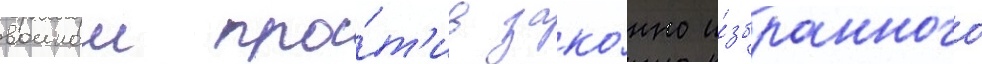
воинои про́т'ив зако́нно и́збранного